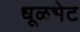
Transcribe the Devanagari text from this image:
धूळभेट